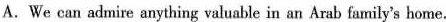
A.We can admire anything valuable in an Arab family's home.